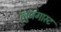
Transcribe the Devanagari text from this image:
लुजगास्ट